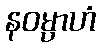
နဝမ္ပာဟံ